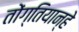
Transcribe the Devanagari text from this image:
तोंग्तियान्हे